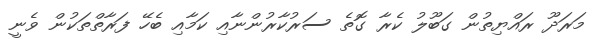
މަރަދޫ ރައްޔިތުން ގަބޫލު ކެރާ ގޮތެ ސަރުކާރުންނާއި ކަމާއި ބެހޭ ފަރާތްތަކުން ވެނީ